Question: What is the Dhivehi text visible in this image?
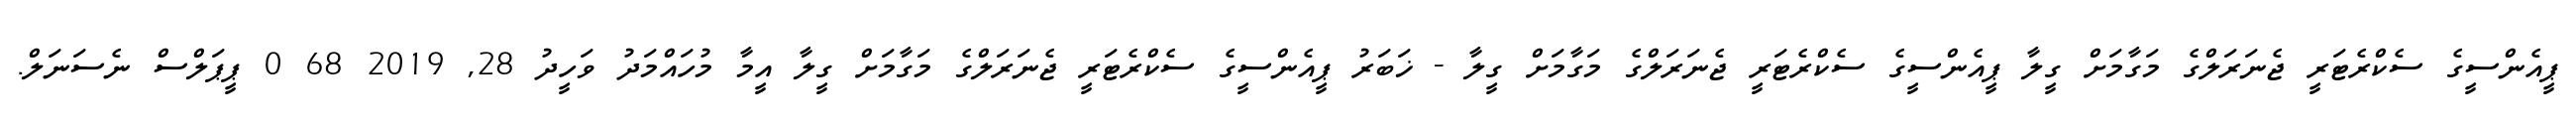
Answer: ޕީއެންސީގެ ސެކްރެޓަރީ ޖެނަރަލްގެ މަގާމަށް ގީލާ ޕީއެންސީގެ ސެކްރެޓަރީ ޖެނަރަލްގެ މަގާމަށް ގީލާ - ޚަބަރު ޕީއެންސީގެ ސެކްރެޓަރީ ޖެނަރަލްގެ މަގާމަށް ގީލާ އީމާ މުހައްމަދު ވަހީދު 28, 2019 68 0 ޕީޕަލްސް ނެސަނަލް.